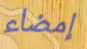
إمضاء